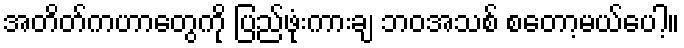
အတိတ်ကဟာတွေကို ပြည်ဖုံးကားချ ဘဝအသစ် စတော့မယ်ပေါ့။